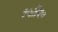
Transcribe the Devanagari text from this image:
१५ते२०